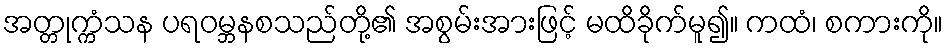
အတ္တုက္ကံသန ပရဝမ္ဘနစသည်တို့၏ အစွမ်းအားဖြင့် မထိခိုက်မူ၍။ ကထံ၊ စကားကို။